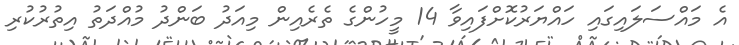
އެ މައްސަލައިގައި ހައްޔަރުކޮށްފައިވާ 14 މީހުންގެ ތެރެއިން މިއަދު ބަންދު މުއްދަތު އިތުރުކުރި